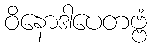
ဝိနောဒါပေတဗ္ဗံ